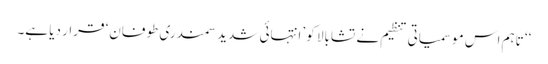
‘‘ تاہم اس موسمیاتی تنظیم نے تشابالا کو ’انتہائی شدید سمندری طوفان‘ قرار دیا ہے۔